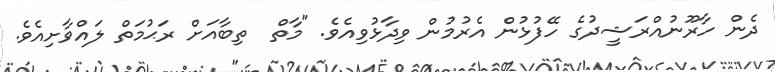
ދެން ހާރޫނުއްރަޝީދުގެ ހޭފުޅުން އެރުމުން ވިދާޅުވިއެވެ. "މާތް  ތިބާއަށް ރަޙުމަތް ލައްވާށިއެވެ.